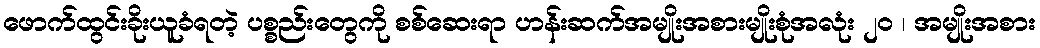
ဖောက်ထွင်းခိုးယူခံရတဲ့ ပစ္စည်းတွေကို စစ်ဆေးရာ ဟန်းဆက်အမျိုးအစားမျိုးစုံအလုံး ၂၀ ၊ အမျိုးအစား